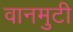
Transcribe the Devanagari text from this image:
वानमुटी